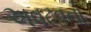
અવઢવનો